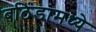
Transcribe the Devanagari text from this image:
बठिंडामध्ये